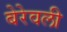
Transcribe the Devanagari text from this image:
बेरेवली